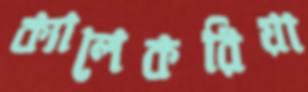
ক্যালেকরিয়া